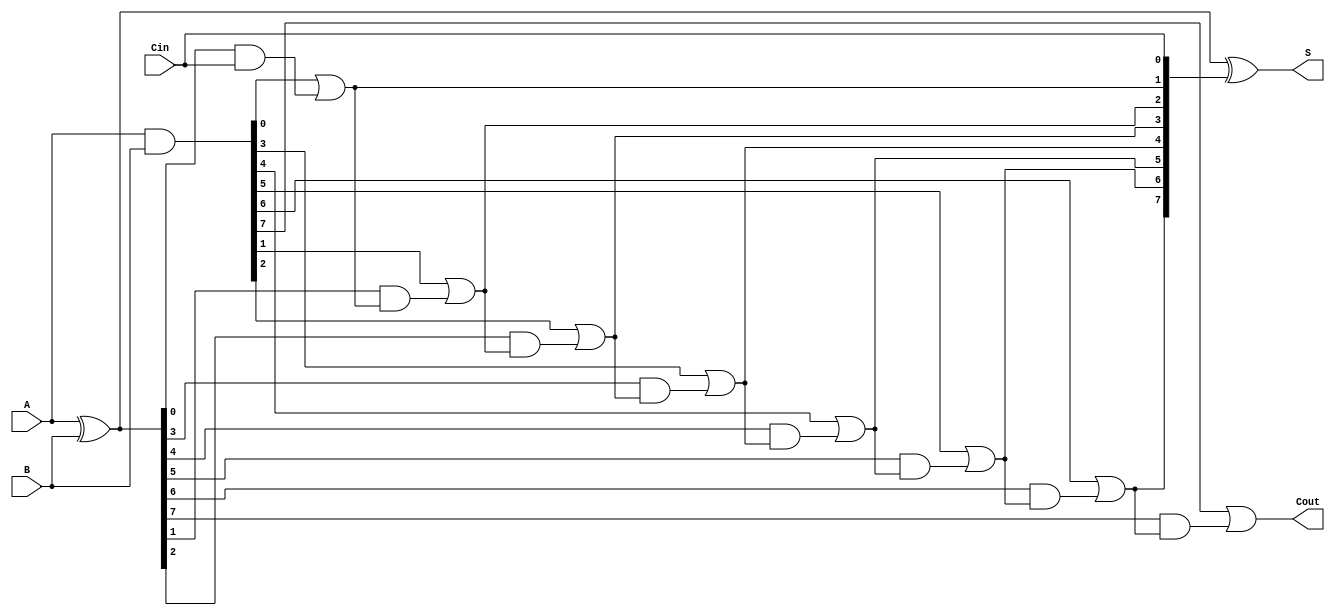
module SklanskyAdder #(parameter N = 8) (
    input  [N-1:0] A,      // First input
    input  [N-1:0] B,      // Second input
    input         Cin,      // Carry-in
    output [N-1:0] S,      // Sum output
    output        Cout      // Carry-out
);

    // Generate and Propagate signals
    wire [N-1:0] G; // Generate signals
    wire [N-1:0] P; // Propagate signals
    wire [N:0] C;    // Carry signals

    // Generate and Propagate calculations
    assign G = A & B;          // G[i] = A[i] & B[i]
    assign P = A ^ B;          // P[i] = A[i] ^ B[i]

    // Carry generation using Sklansky method
    assign C[0] = Cin;         // Initial carry-in
    genvar i;
    generate
        for (i = 0; i < N; i = i + 1) begin : carry_gen
            if (i == 0) begin
                assign C[i + 1] = G[i] | (P[i] & C[i]); // C[1] = G[0] + P[0] * C[0]
            end else begin
                assign C[i + 1] = G[i] | (P[i] & C[i]); // C[i + 1] = G[i] + P[i] * C[i]
            end
        end
    endgenerate

    // Sum calculation
    assign S = P ^ C[N-1:0]; // S[i] = P[i] ^ C[i]

    // Carry-out
    assign Cout = C[N];      // Final carry-out

endmodule